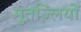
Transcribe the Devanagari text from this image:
मुतज़्लियों